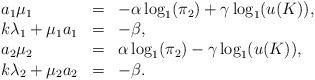
LaTeX: \begin{align*}\begin{array}{lcl}a_1\mu_1 &=& -\alpha \log_1(\pi_2) + \gamma \log_1(u(K)), \\ k\lambda_1+\mu_1 a_1 &=& -\beta ,\\a_2\mu_2 &=& \alpha \log_1(\pi_2) - \gamma \log_1(u(K)),\\k\lambda_2 + \mu_2 a_2 &=& -\beta.\end{array}\end{align*}